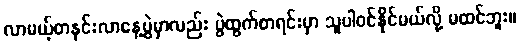
လာမယ့်တနင်းလာနေ့ပွဲမှာလည်း ပွဲထွက်စာရင်းမှာ သူပါဝင်နိုင်မယ်လို့ မထင်ဘူး။